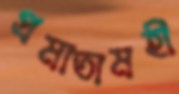
প্রমাতামহী